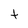
Character: t